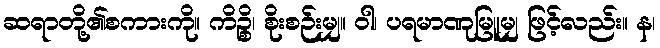
ဆရာတို့၏စကားကို။ ကိဉ္စိ၊ စိုးစဉ်းမျှ။ ဝါ၊ ပရမာဏုမြူမျှ ဖြင့်လည်း။ န၊